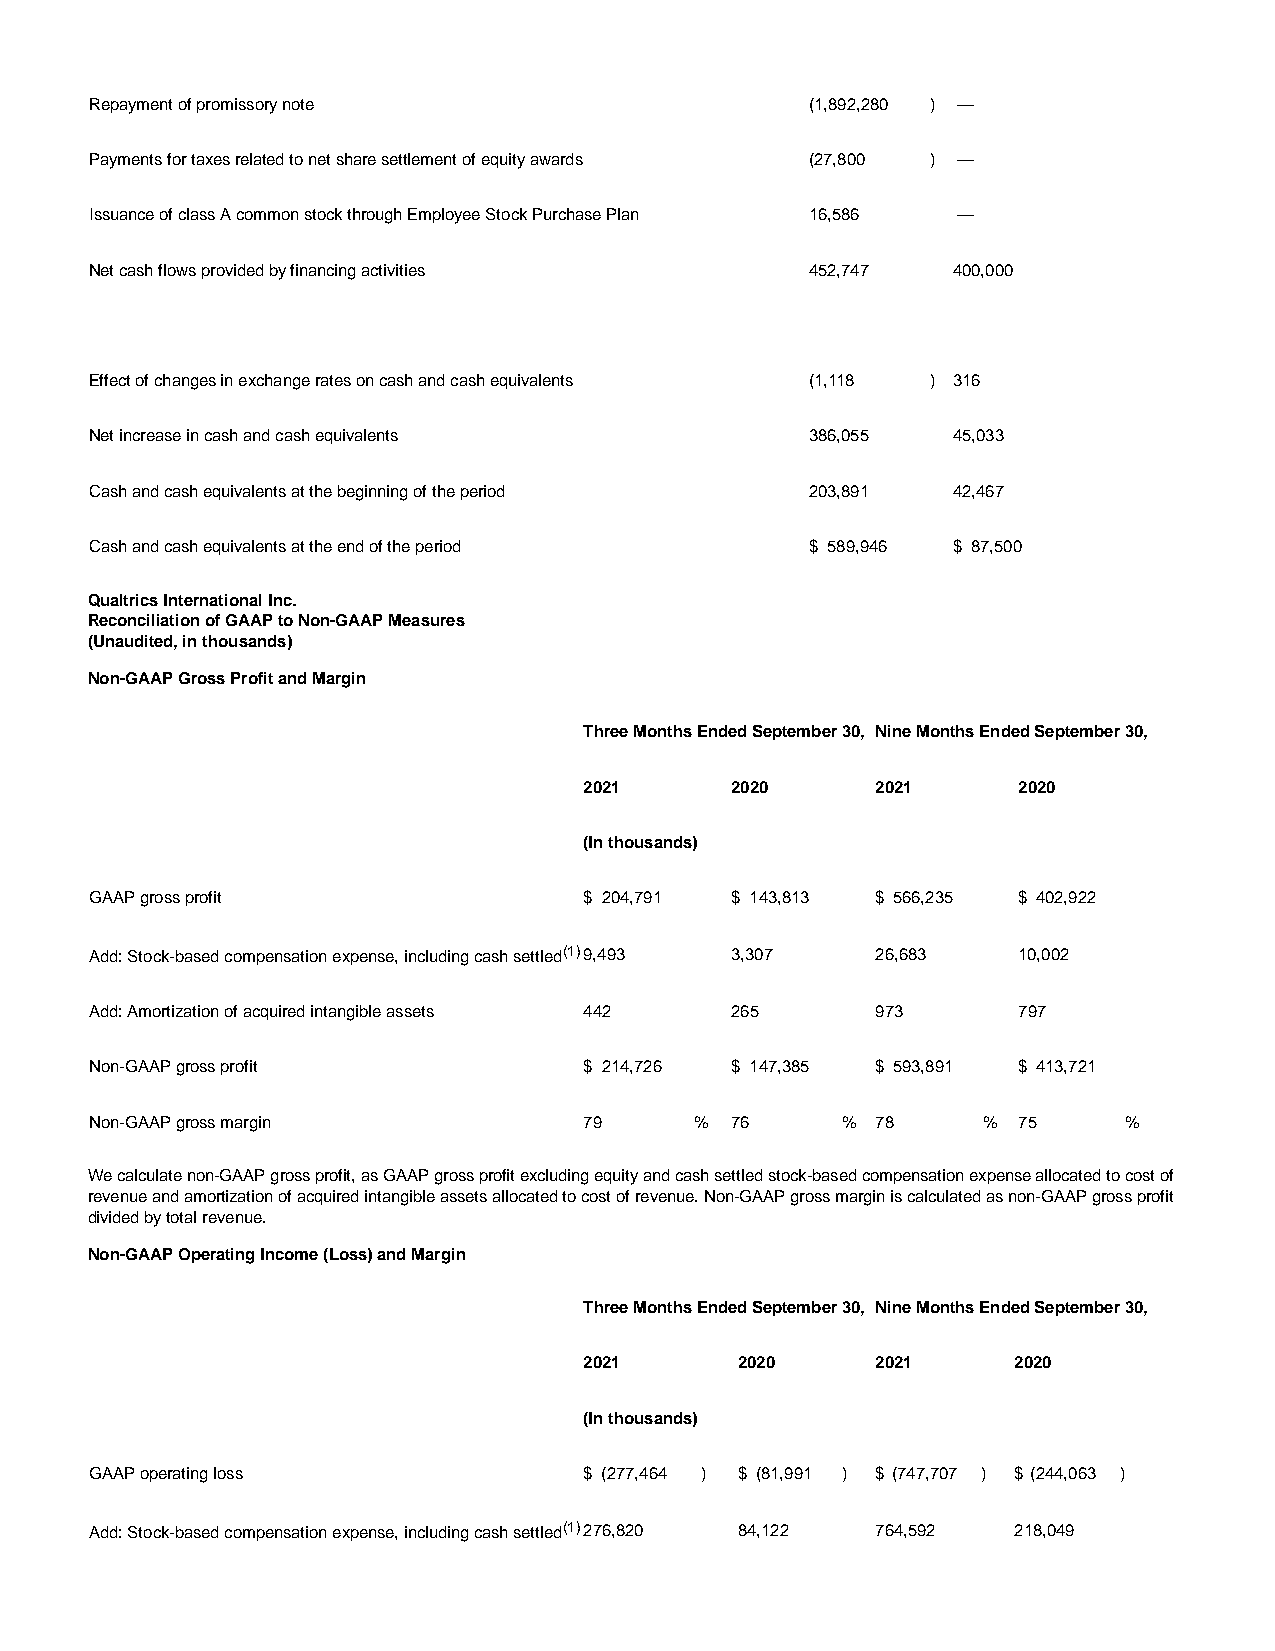
Repayment of promissory note                    (1,892,280 ) —
 Payments for taxes related to net share settlement of equity awards (27,800 ) —
 Issuance of class A common stock through Employee Stock Purchase Plan 16,586 —
 Net cash flows provided by financing activities 452,747  400,000
 Effect of changes in exchange rates on cash and cash equivalents (1,118 ) 316
 Net increase in cash and cash equivalents       386,055  45,033
 Cash and cash equivalents at the beginning of the period 203,891 42,467
 Cash and cash equivalents at the end of the period $ 589,946 $ 87,500
 Qualtrics International Inc.
 Reconciliation of GAAP to Non-GAAP Measures
 (Unaudited, in thousands)
 Non-GAAP Gross Profit and Margin
 Three Months Ended September 30, Nine Months Ended September 30,
 2021     2020      2021     2020
 (In thousands)
 GAAP gross profit                $ 204,791 $ 143,813 $ 566,235 $ 402,922
 Add: Stock-based compensation expense, including cash settled(1)9,493 3,307 26,683 10,002
 Add: Amortization of acquired intangible assets 442 265 973  797
 Non-GAAP gross profit            $ 214,726 $ 147,385 $ 593,891 $ 413,721
 Non-GAAP gross margin            79     % 76      % 78     % 75      %
 We calculate non-GAAP gross profit, as GAAP gross profit excluding equity and cash settled stock-based compensation expense allocated to cost of
 revenue and amortization of acquired intangible assets allocated to cost of revenue. Non-GAAP gross margin is calculated as non-GAAP gross profit
 divided by total revenue.
 Non-GAAP Operating Income (Loss) and Margin
 Three Months Ended September 30, Nine Months Ended September 30,
 2021      2020     2021     2020
 (In thousands)
 GAAP operating loss              $ (277,464 ) $ (81,991 ) $ (747,707 ) $ (244,063 )
 Add: Stock-based compensation expense, including cash settled(1)276,820 84,122 764,592 218,049